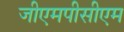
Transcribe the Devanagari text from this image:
जीएमपीसीएम